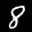
Label: 8